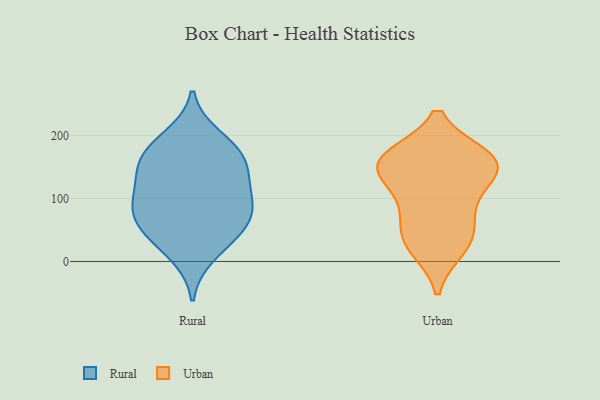
{"axis": {"x": "Production Output", "y": "Value"}, "legend": ["Rural", "Urban"], "data": [{"x": "", "y": 10, "type": "Rural"}, {"x": "", "y": 198, "type": "Rural"}, {"x": "", "y": 127, "type": "Rural"}, {"x": "", "y": 160, "type": "Rural"}, {"x": "", "y": 158, "type": "Rural"}, {"x": "", "y": 92, "type": "Rural"}, {"x": "", "y": 62, "type": "Rural"}, {"x": "", "y": 110, "type": "Rural"}, {"x": "", "y": 183, "type": "Rural"}, {"x": "", "y": 40, "type": "Rural"}, {"x": "", "y": 91, "type": "Rural"}, {"x": "", "y": 156, "type": "Rural"}, {"x": "", "y": 74, "type": "Rural"}, {"x": "", "y": 50, "type": "Rural"}, {"x": "", "y": 21, "type": "Urban"}, {"x": "", "y": 141, "type": "Urban"}, {"x": "", "y": 165, "type": "Urban"}, {"x": "", "y": 121, "type": "Urban"}, {"x": "", "y": 156, "type": "Urban"}, {"x": "", "y": 27, "type": "Urban"}, {"x": "", "y": 156, "type": "Urban"}, {"x": "", "y": 46, "type": "Urban"}, {"x": "", "y": 163, "type": "Urban"}, {"x": "", "y": 66, "type": "Urban"}, {"x": "", "y": 95, "type": "Urban"}, {"x": "", "y": 166, "type": "Urban"}]}